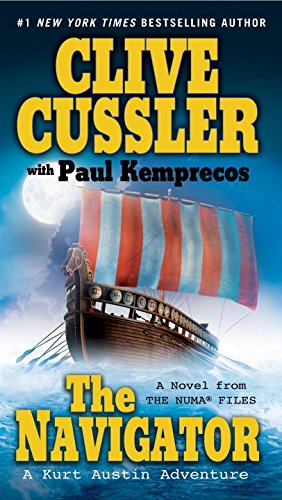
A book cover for The Navigator (The NUMA Files); Clive Cussler; Literature & Fiction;